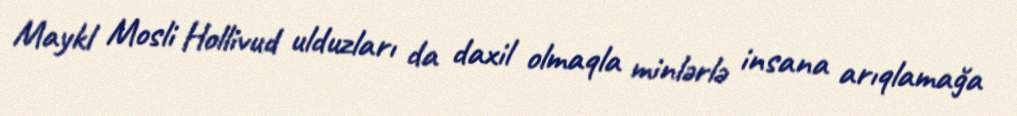
Maykl Mosli Hollivud ulduzları da daxil olmaqla minlərlə insana arıqlamağa